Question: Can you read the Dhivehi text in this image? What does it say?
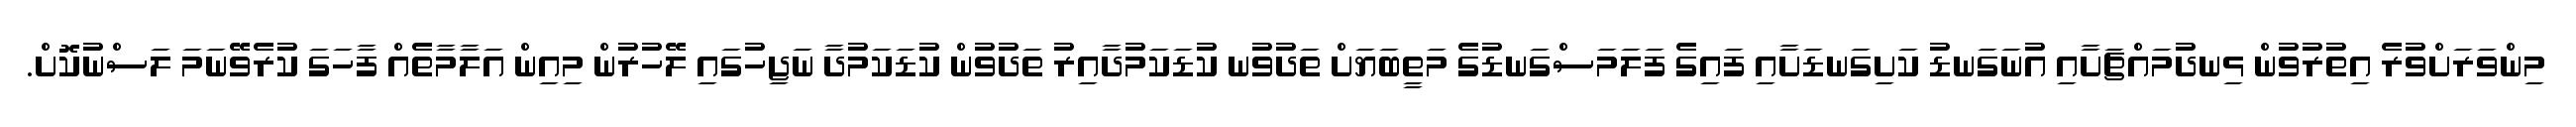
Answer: މިންވަރަށްވުރެ އިތުރުވުން ޅިނދުމައްޗަށާއި އުނަގަނޑު ކަށިގަނޑަށާއި ފައިގެ ފަލަމަސްގަނޑުގެ މަތީބަޔަށް ތަދުވުނ ކުޑަކަމުދާއިރު ތަދުވުން ކުޑަކަމުދާ ނަޖިހުގައި ލޭހުރުން މިއިން އަލާމާތެއް ފާހަގަ ކުރެވޭނަމަ ލަސްނުކޮށް.